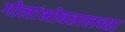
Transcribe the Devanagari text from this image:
गोलांभोवतालच्या